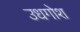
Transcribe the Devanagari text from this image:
उधगोश